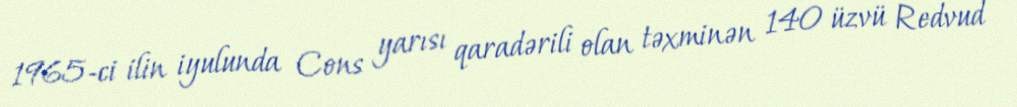
1965-ci ilin iyulunda Cons yarısı qaradərili olan təxminən 140 üzvü Redvud